Vabadussoja_Ajaloo_Komitee, lk 57
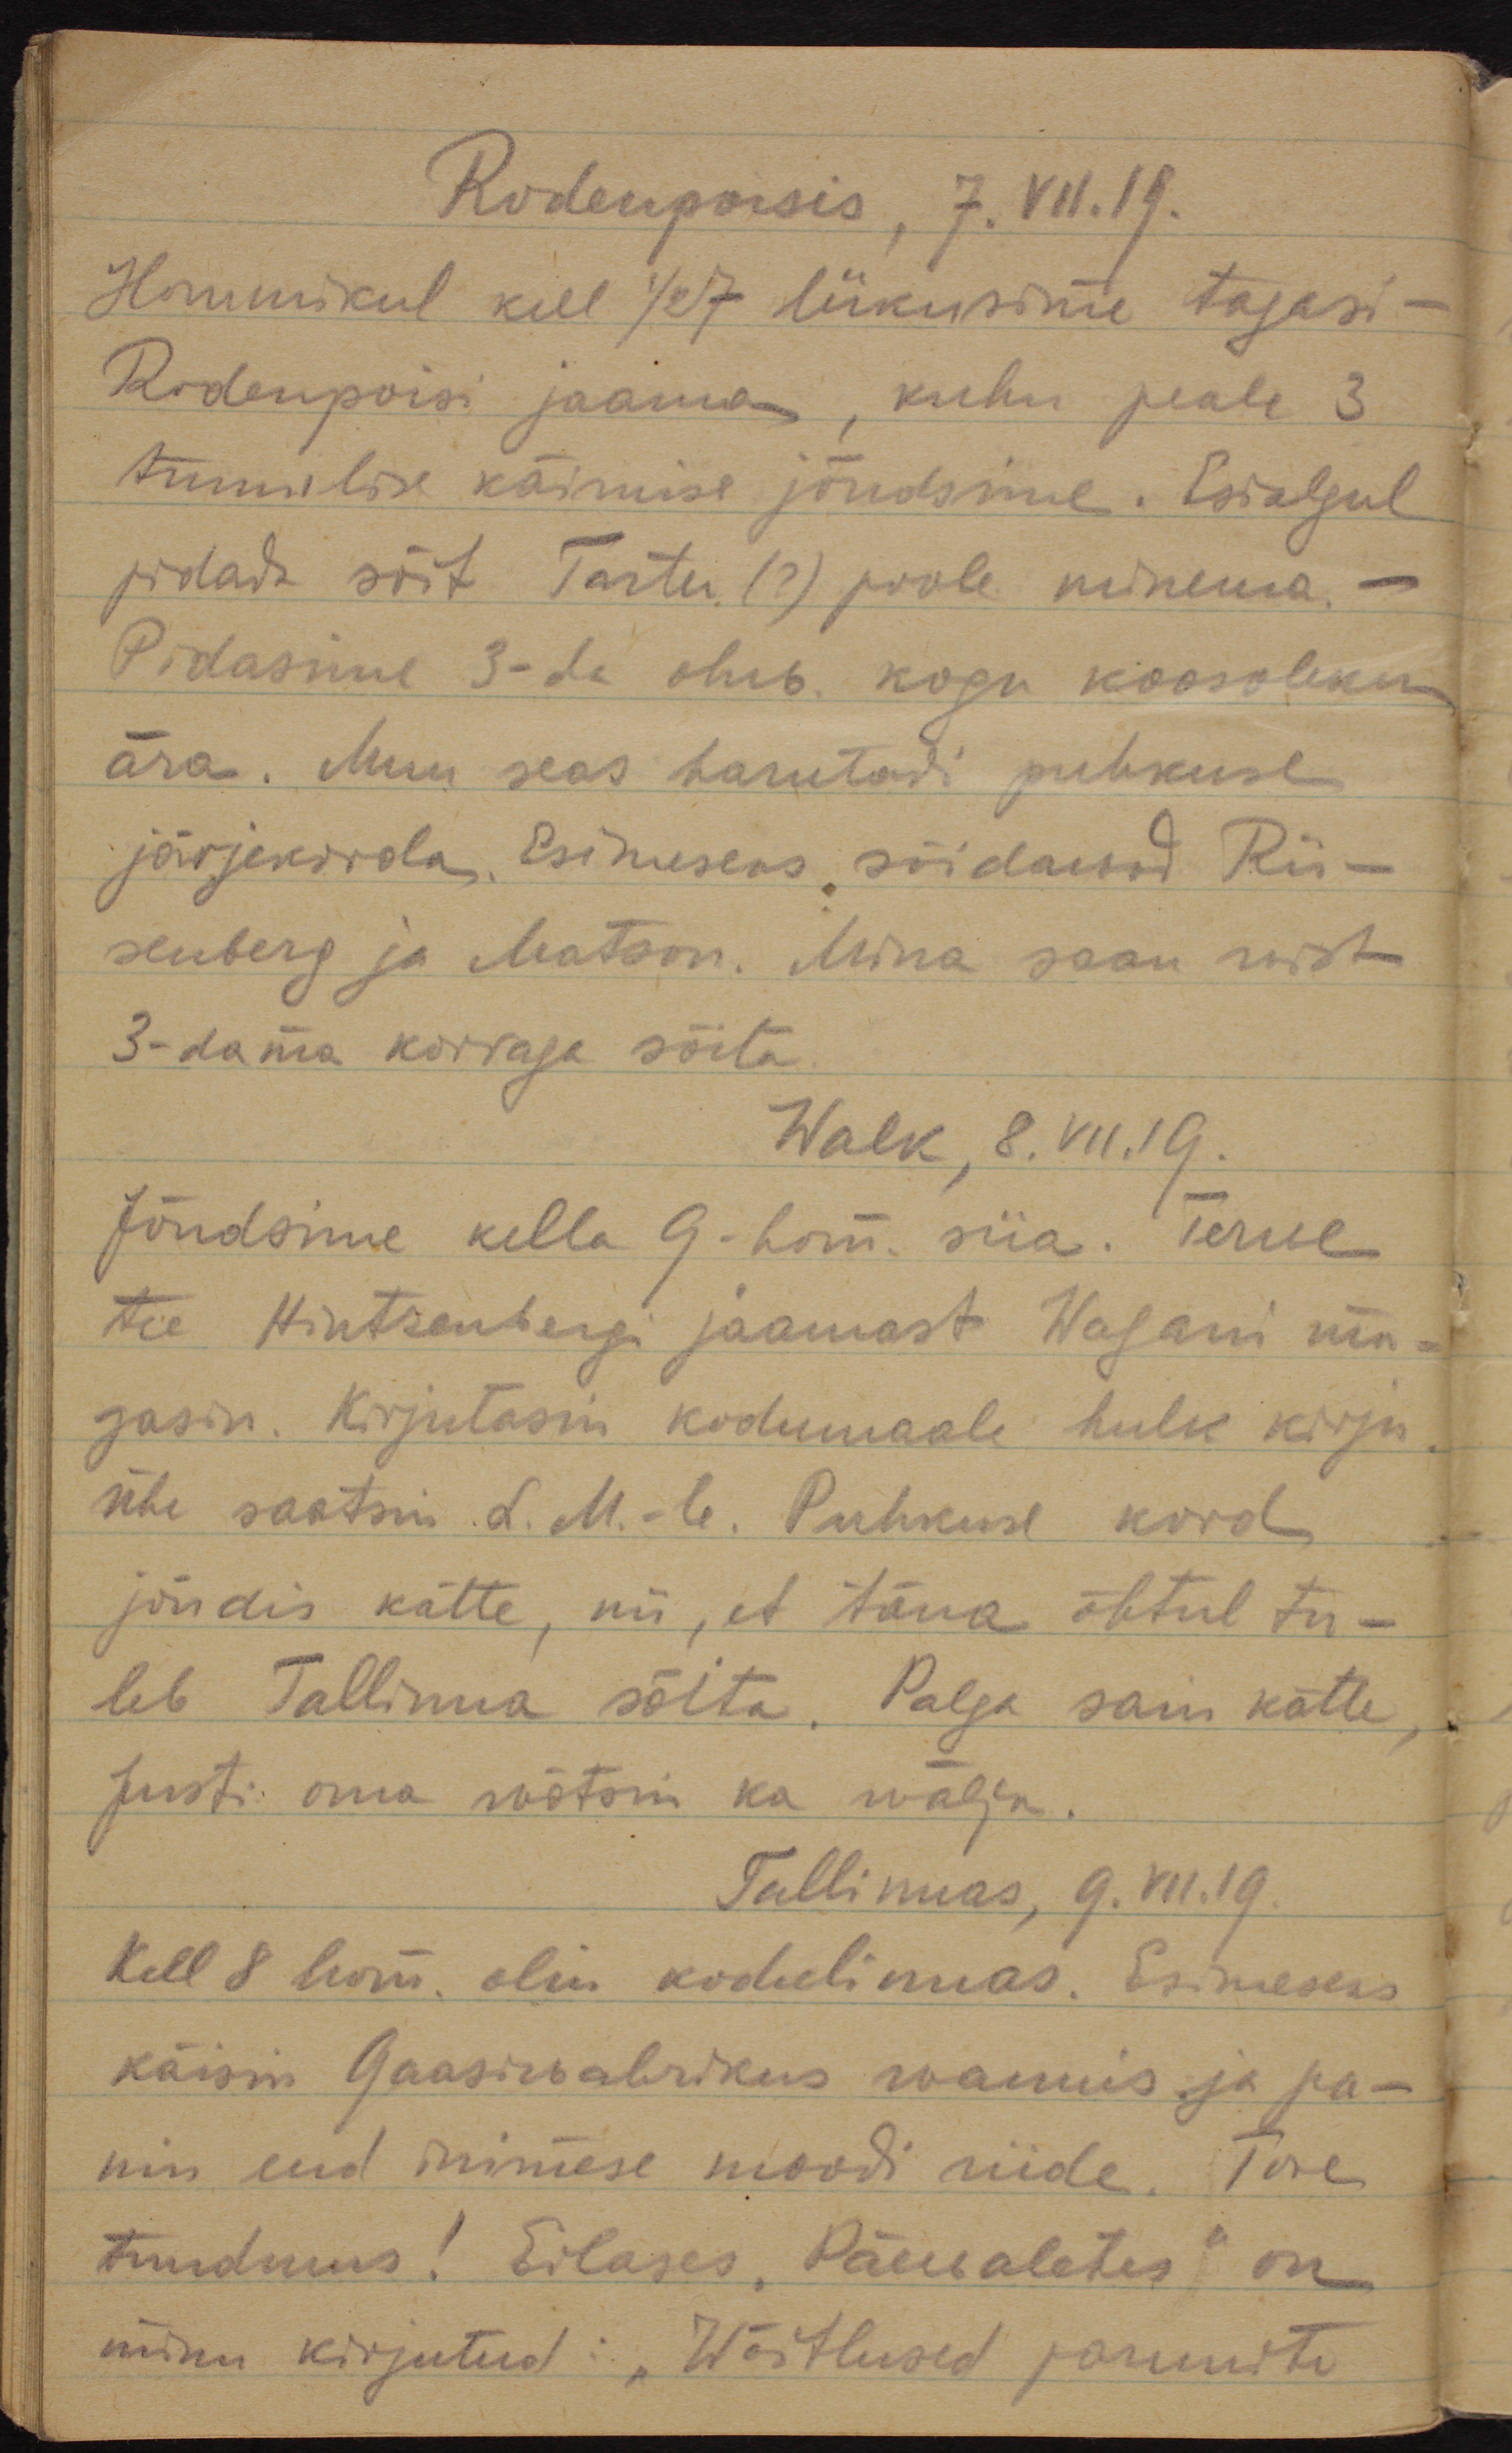
Rodenpoisis, 7.VII.19.
Hommikul kell 1/2 7 liikusime tagasi -
Rodenpoisi jaama, kuhu peale 3
tunnilise käimise jõudsime. Esialgul
pidada sõit Tartu (?) poole minema. -
Pidasime 3-da ohw. kogu koosoleku
ära. Muu seas harutadi puhkuse
järjekorda. Esimeseks sõidawad Rii-
senberg ja Matson. Mina saan wist
3-dama korraga sõita.
Walk, 8.VII.19.
Jõudsime kella 9-hom. siia. Terwe
tee Hintzenbergi jaamast Walgani ma-
gasin. Kirjutasin kodumaale hulk kirju.
Ühe saatsin L.M.-le. Puhkuse kord
jõudis kätte, nii, et täna õhtul tu-
leb Tallinna sõita. Palga sain kätte,
Justi oma wõtsin ka wälja.
Tallinnas, 9.VII.19.
Kell 8 hom. olin kodulinnas. Esimeseks
käisin Gaasivabrikus wannis ja pa-
nin end inimese moodi riide. Tore
tundmus! Eilases "Päewalehes" on
minu kirjutud: "Wõitlused parunite